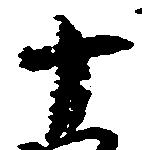
十